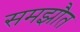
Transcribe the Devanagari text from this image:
समझौत